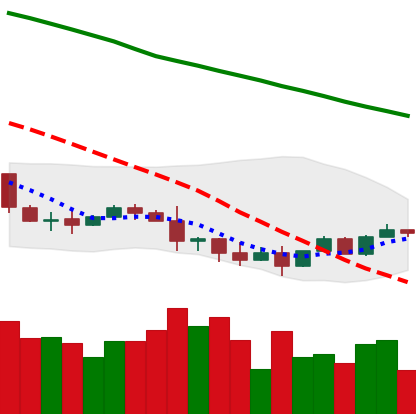
Ticker: NEO-USD
Chart end date: 2022-01-16
Forward return: -22.338%
Label: down_7plus